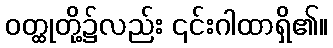
ဝတ္ထုတို့၌လည်း ၎င်းဂါထာရှိ၏။